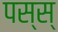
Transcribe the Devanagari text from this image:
पस्स्